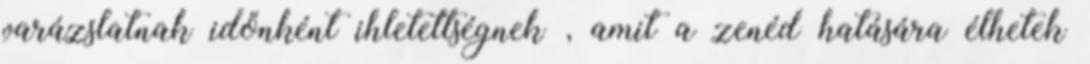
varázslatnak időnként ihletettségnek , amit a zenéd hatására élhetek